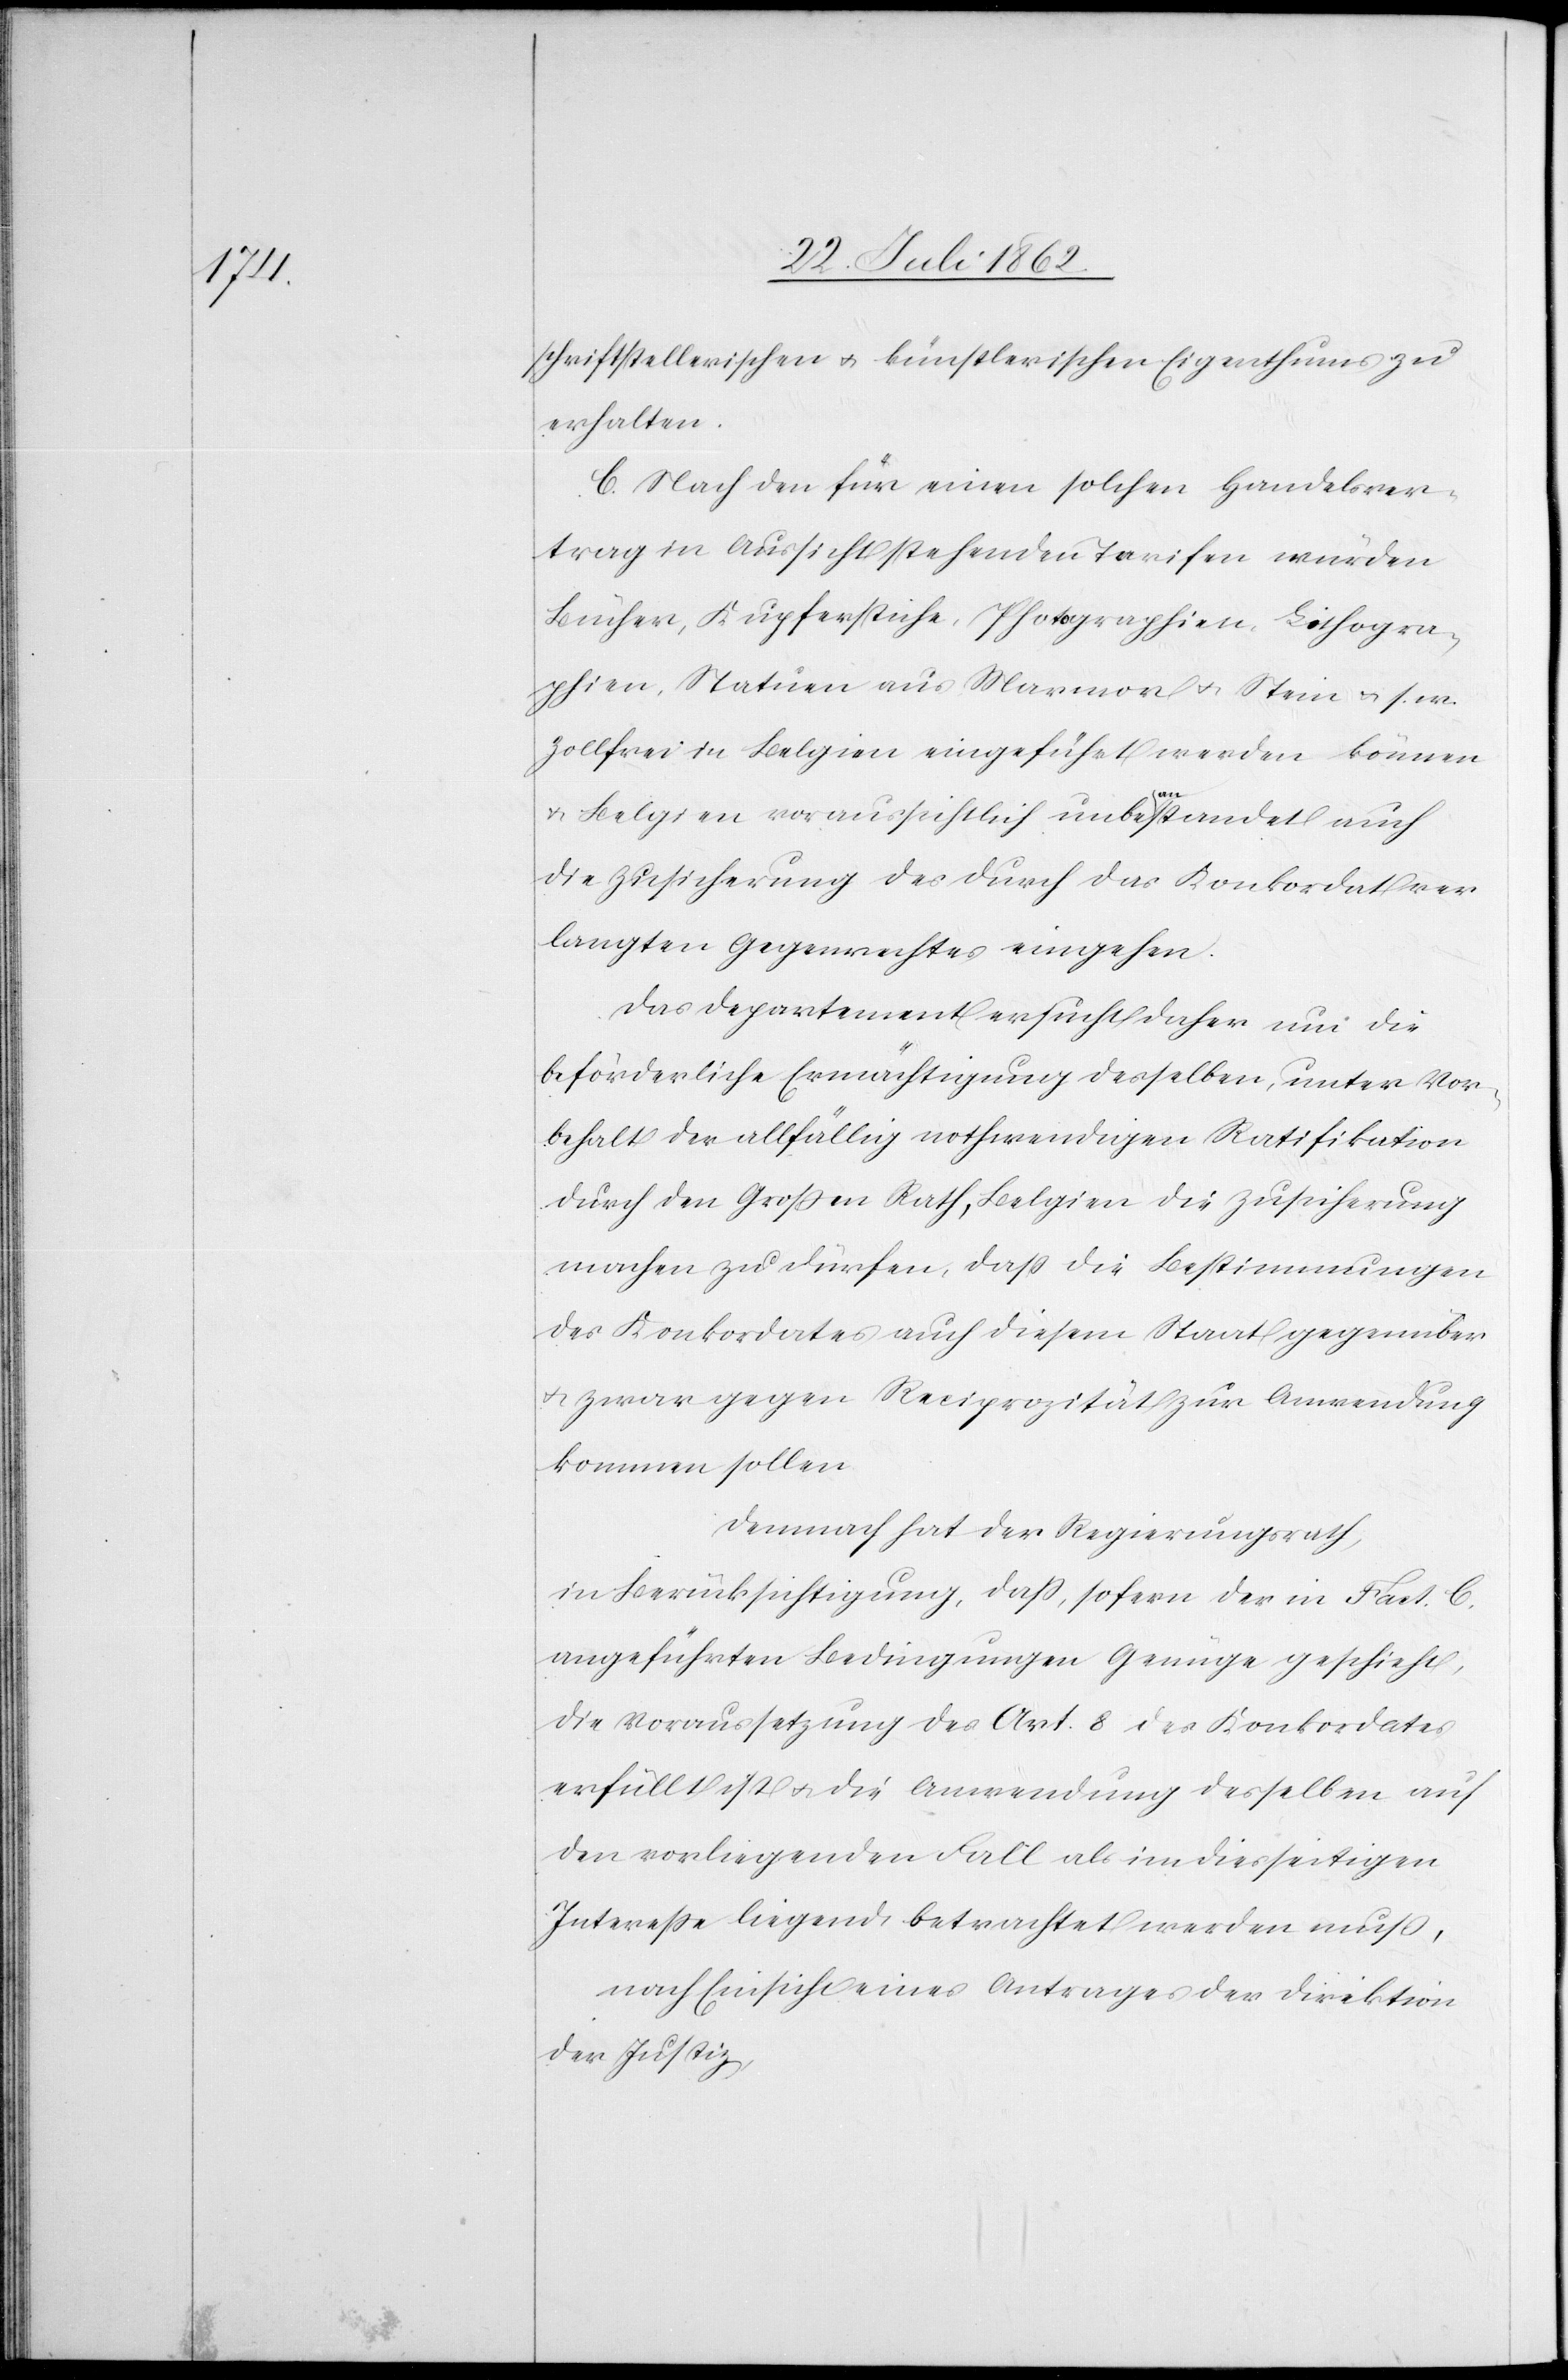
schriftstellerischen u. künstlerischen Eigenthums zu
erhalten.
C. Nach den für einen solchen Handelsver¬
trag in Aussicht stehenden Tarifen würden
Bücher, Kupferstiche, Photographien, Lithogra¬
phien, Statuen aus Marmor u. Stein u. s. w.
Zollfrei in Belgien eingeführt werden können
u. Belgien voraussichtlich unbeanstandet auch
die Zusicherung des durch das Konkordat ver¬
langte Gegenrechtes eingehen.
Das Department ersucht daher um die
beförderliche Ermächtigung derselben, unter Vor¬
behalt der allfällig nothwendigen Ratifikation
durch den Großen Rath, Belgien die Zusicherung
machen zu dürfen, daß die Bestimmungen
des Konkordates auch diesem Staat gegenüber
u. zwar gegen Reciprocität zur Anwendung
kommen sollen.
Demnach hat der Regierungsrath,
in Berücksichtigung, daß, sofern der in Fact. C
angeführten Bedingungen Genüge geschieht,
die Voraussetzung des Art. 8 des Konkordates
erfüllt ist u. die Anwendung desselben auf
den vorliegenden Fall als im diesseitigen
Interesse liegend betrachtet werden muß,
nach Einsicht eines Antrages der Direktion
der Justiz,